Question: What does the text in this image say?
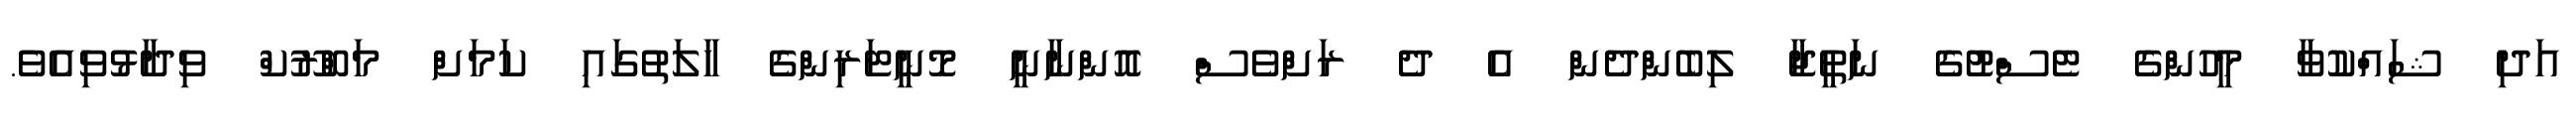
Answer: އަދި ޝައްކުވާ މީހުންގެ ޓެސްޓުގެ ނަތީޖާ ލިބެންދެން އެ ދެ ރަށްވެސް އޮންނާނީ މޮނީޓަރިންގެ ހާލަތުގައި ކަމަށް މަބްރޫކް ވިދާޅުވިއެވެ.